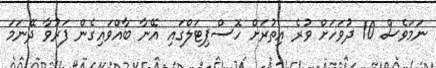
ނަމަވެސް 10 ދުވަހަށް ވުރެ އިތުރަށް ހޮސްޕިޓަލްގައި އޭނާ ބާއްވައިގެން ފަރުވާ ދޭނަމަ